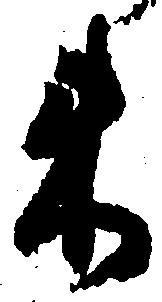
来